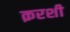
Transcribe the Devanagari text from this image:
क़रशी